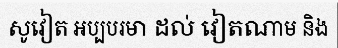
សូវៀត អប្បបរមា ដល់ វៀតណាម និង